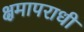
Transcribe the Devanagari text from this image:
क्षमापराधी